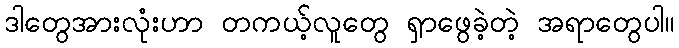
ဒါတွေအားလုံးဟာ တကယ့်လူတွေ ရှာဖွေခဲ့တဲ့ အရာတွေပါ။